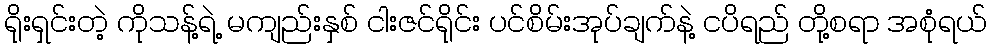
ရိုးရှင်းတဲ့ ကိုသန့်ရဲ့ မကျည်းနှစ် ငါးဇင်ရိုင်း ပင်စိမ်းအုပ်ချက်နဲ့ ငပိရည် တို့စရာ အစုံရယ်